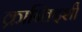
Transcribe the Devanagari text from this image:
क्रान्तिदर्शी